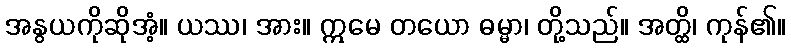
အနွယကိုဆိုအံ့။ ယဿ၊ အား။ ဣမေ တယော ဓမ္မာ၊ တို့သည်။ အတ္ထိ၊ ကုန်၏။